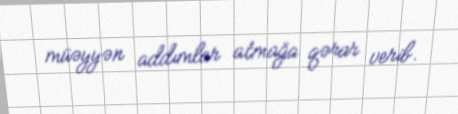
müəyyən addımlar atmağa qərar verib.